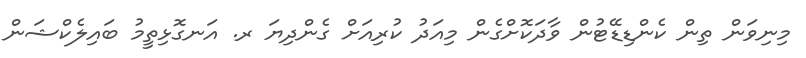
މިނިވަން ތިން ކެންޑިޑޭޓުން ވާދަކޮށްގެން މިއަދު ކުރިއަށް ގެންދިޔަ ރ. އަނގޮޅިތީމު ބައިލެކްޝަން